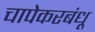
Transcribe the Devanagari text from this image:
चापेकरबंधू